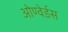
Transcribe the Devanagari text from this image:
ओण्वेर्डस